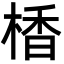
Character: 楿